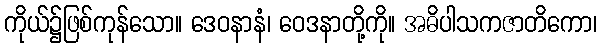
ကိုယ်၌ဖြစ်ကုန်သော။ ဒေဝနာနံ၊ ဝေဒနာတို့ကို။ အဓိပါသကဇာတိကော၊